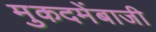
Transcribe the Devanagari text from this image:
मुकदमेंबाजी